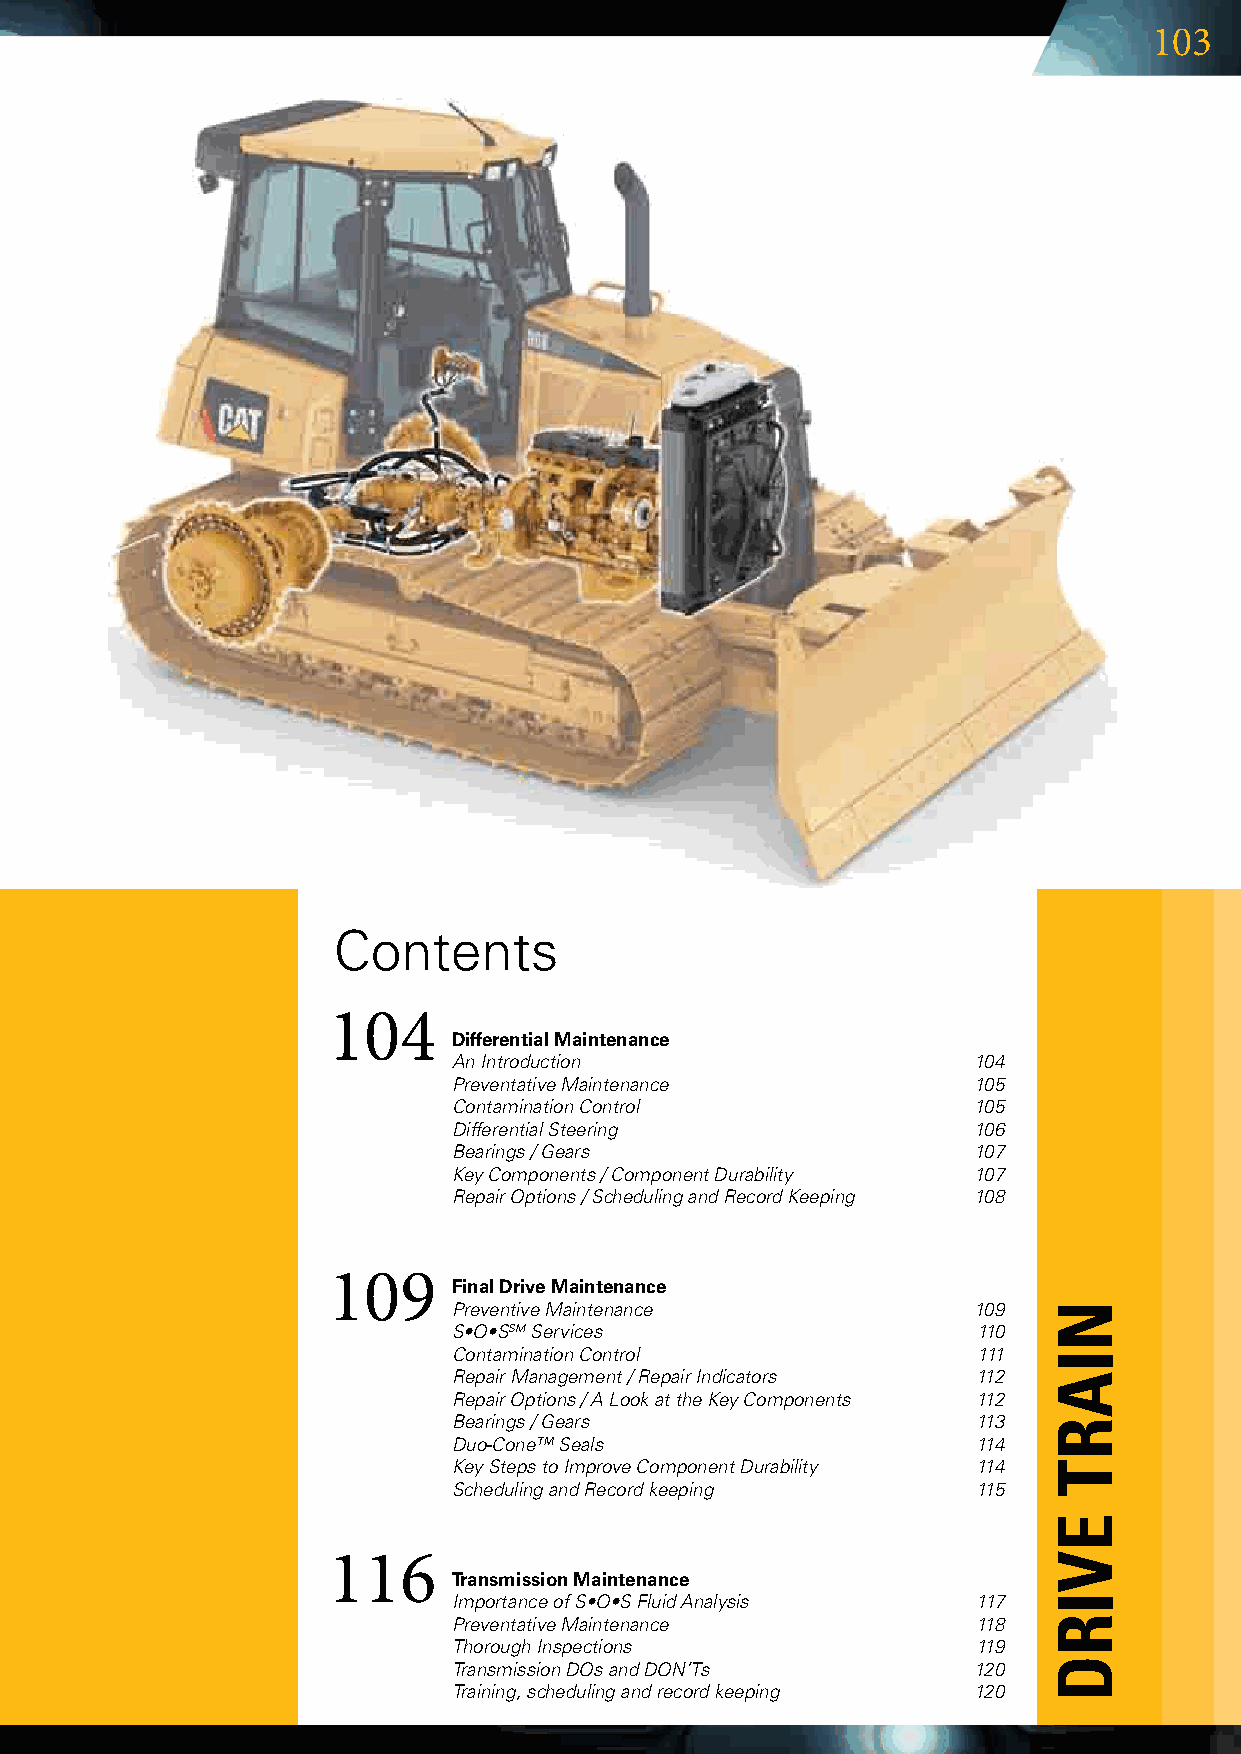
103
 Contents
 104
 Differential Maintenance
 An Introduction                   104
 Preventative Maintenance          105
 Contamination Control             105
 Differential Steering             106
 Bearings / Gears                  107
 Key Components / Component Durability 107
 Repair Options / Scheduling and Record Keeping 108
 109
 Final Drive Maintenance
 Preventive Maintenance            109
 S•O•SSM Services                   110
 Contamination Control              111
 Repair Management / Repair Indicators 112
 Repair Options / A Look at the Key Components 112
 Bearings / Gears                   113
 Duo-Cone™ Seals                    114
 Key Steps to Improve Component Durability 114
 Scheduling and Record keeping      115
 116
 Transmission Maintenance
 Importance of S•O•S Fluid Analysis 117
 Preventative Maintenance           118
 Thorough Inspections               119
 Transmission DOs and DON’Ts       120
 Training, scheduling and record keeping 120
 nIART
 EVIRd